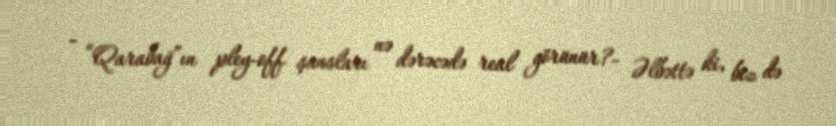
- “Qarabağ”ın pley-off şansları nə dərəcədə real görünür?- Əlbəttə ki, biz də